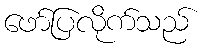
ဖော်ပြလိုက်သည်